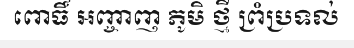
ពោធិ៍ អញ្ចាញ ភូមិ ថ្មី ព្រំប្រទល់